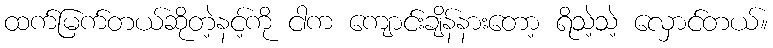
ထက်မြက်တယ်ဆိုတဲ့နင့်ကို ငါက ကျောင်းချိန်နားတော့ ရိသဲ့သဲ့ လှောင်တယ်။